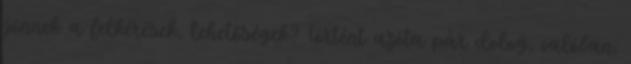
jönnek a felkérések, lehetőségek? Történt azóta pár dolog, valóban,